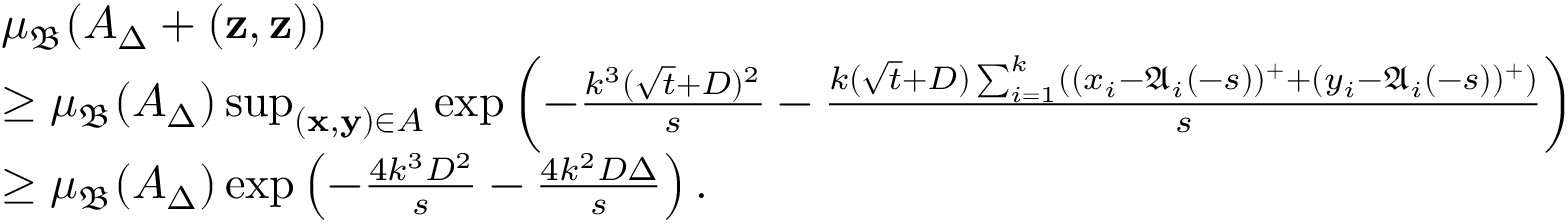
\begin{array} { r l } & { \mu _ { \mathfrak { B } } ( A _ { \Delta } + ( \mathbf { z } , \mathbf { z } ) ) } \\ & { \ge \mu _ { \mathfrak { B } } ( A _ { \Delta } ) \operatorname* { s u p } _ { ( \mathbf { x } , \mathbf { y } ) \in A } \exp \left( - \frac { k ^ { 3 } ( \sqrt { t } + D ) ^ { 2 } } { s } - \frac { k ( \sqrt { t } + D ) \sum _ { i = 1 } ^ { k } ( ( x _ { i } - \mathfrak { A } _ { i } ( - s ) ) ^ { + } + ( y _ { i } - \mathfrak { A } _ { i } ( - s ) ) ^ { + } ) } { s } \right) } \\ & { \ge \mu _ { \mathfrak { B } } ( A _ { \Delta } ) \exp \left( - \frac { 4 k ^ { 3 } D ^ { 2 } } { s } - \frac { 4 k ^ { 2 } D \Delta } { s } \right) . } \end{array}